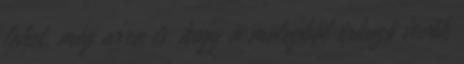
lehet, még arra is, hogy a melegből érkező vevők